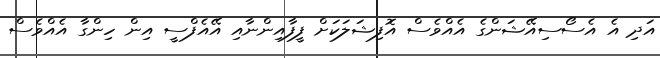
އަދި އެ އެސޯސިއޭޝަންގެ އެއްވެސް އޮފިޝަލަކަށް ފީފާއިންނާއި އޭއެފްސީ އިން ހިންގާ އެއްވެސް